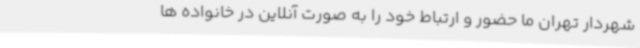
شهردار تهران ما حضور و ارتباط خود را به صورت آنلاین در خانواده ها